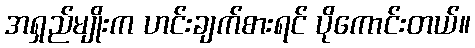
အရှည်မျိုးက ဟင်းချက်စားရင် ပိုကောင်းတယ်။